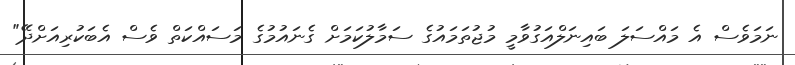
ނަމަވެސް އެ މައްސަލަ ބައިނަލްއަގުވާމީ މުޖުތަމައުގެ ސަމާލުކަމަށް ގެނައުމުގެ މަސައްކަތް ވެސް އެބަކުރިއަށްދޭ"